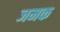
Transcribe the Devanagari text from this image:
जमक